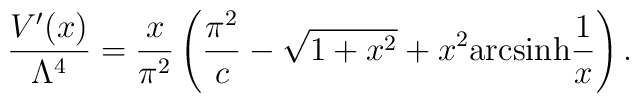
\frac{V'(x)}{\Lambda ^4} = \frac{x}{\pi ^2} \left( \frac{\pi^2}{c} -\sqrt{1+x^2} + x^2 {\rm arcsinh}  \frac{1}{x}\right).